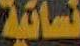
نسائية